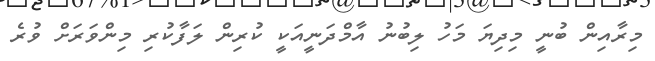
މިރާއިން ބުނީ މިދިޔަ މަހު ލިބުނު އާމްދަނީއަކީ ކުރިން ލަފާކުރި މިންވަރަށް ވުރެ